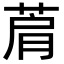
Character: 菺